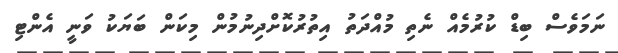
ނަމަވެސް ބިޑް ކުރުމެއް ނެތި މުއްދަތު އިތުރުކޮށްދިނުމުން މިކަން ބަޔަކު ވަނީ އެންޓި